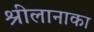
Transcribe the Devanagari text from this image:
श्रीलानाका